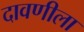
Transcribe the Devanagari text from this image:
दावणीला